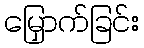
မြှောက်ခြင်း